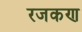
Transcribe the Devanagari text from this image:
रजकण